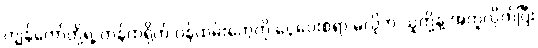
ကျွန်တော်တို့ရဲ့ ကန်ထရိုက် ဝန်ထမ်းတွေကို ငွေပေးစရာ မလိုဘဲ သူတို့နဲ့ အတူလိုက်ပြီး